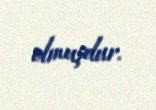
olmuşdur.